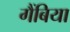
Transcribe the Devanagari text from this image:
गैंबिया